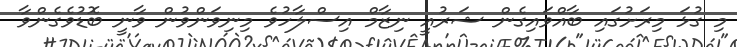
މި ގުޅަ މިރަށުގައި ބާއްވައިގެން ޝަރުއީ ނިޒާމް އިސްލާހުވެ މިނިވަންވުން ވާނީ ބޮޑުވެގެންވާ